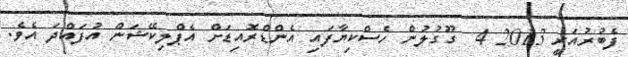
ފެބުރުއަރީ 2013 4  ގޫގުލުން ހެސްކިޔާފައި އެންޑްރޮއިޑަށް އެޕްލިކޭޝަން އުފައްދަ އެވެ.